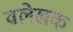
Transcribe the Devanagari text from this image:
वलेखक